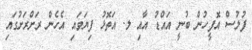
ފުލުސް އޮފީހުން ބުނީ އައްޑު އާއި ލ. އަތޮޅު ފިޔަވައި އެހެން ރަށްރަށުގައި